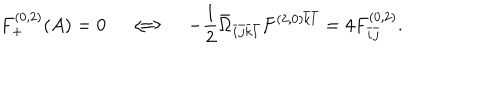
F _ { + } ^ { ( 0 , 2 ) } ( A ) = 0 \quad \Longleftrightarrow \quad - \frac { 1 } { 2 } \bar { \Omega } _ { \bar { i } \bar { j } \bar { k } \bar { l } } F ^ { ( 2 , 0 ) \bar { k } \bar { l } } = 4 F _ { \bar { i } \bar { j } } ^ { ( 0 , 2 ) } .